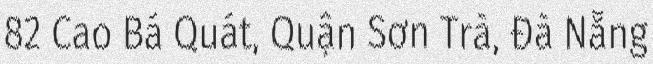
82 Cao Bá Quát, Quận Sơn Trà, Đà Nẵng